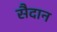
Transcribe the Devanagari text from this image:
सैदान